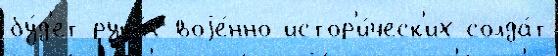
бу́д'ет рука́х воjе́нно-истор'и́ческ'их солда́т